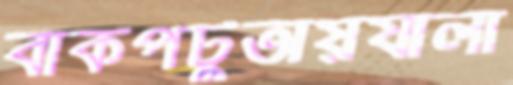
বাকপটুতায়যালা